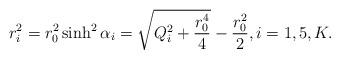
LaTeX: \begin{align*}r_i^2 = r_0^2 \sinh^2 \alpha_i = \sqrt{Q_i^2 + {r_0^4 \over 4}} - {r_0^2 \over 2}, i = 1, 5, K.\end{align*}